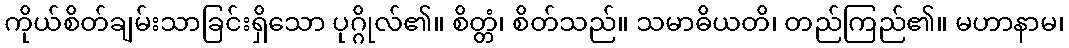
ကိုယ်စိတ်ချမ်းသာခြင်းရှိသော ပုဂ္ဂိုလ်၏။ စိတ္တံ၊ စိတ်သည်။ သမာဓိယတိ၊ တည်ကြည်၏။ မဟာနာမ၊